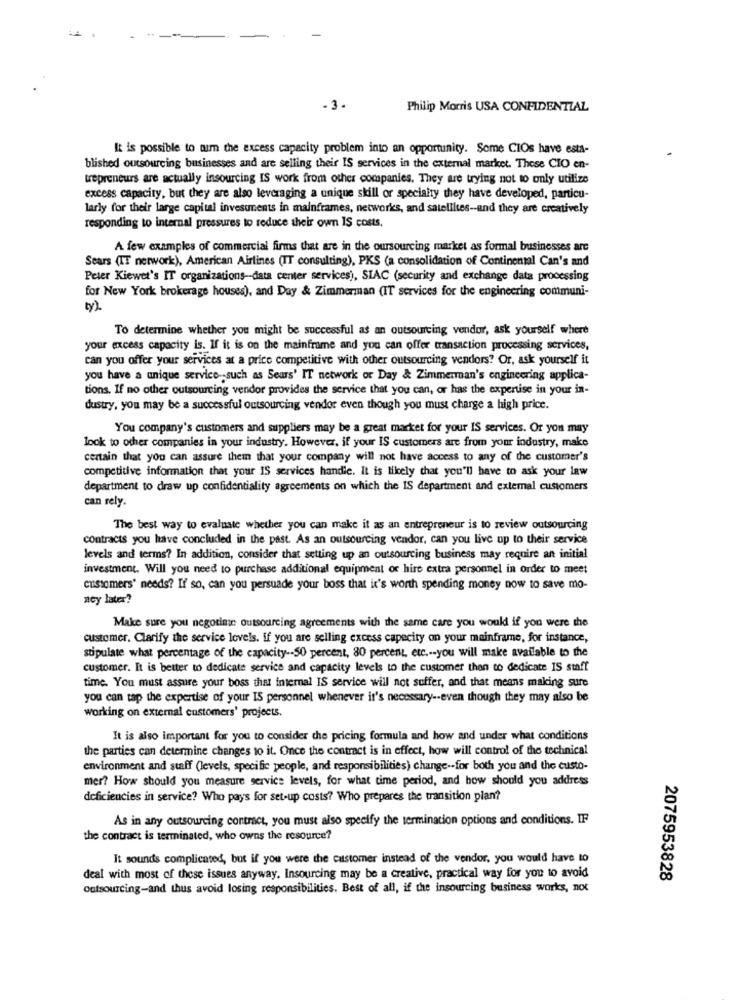
- 3.
Philip Morris USA CONFIDENTIAL
It is possible to aim the excess capacity problem into an opportunity. Some CIOs have esta-
blished outsourcing businesses and are selling their IS services in the external market. These CIO en-
trepreneurs are actually insourcing IS work from other companies. They are trying not to only utilize
excess capacity, but they are also leveraging a unique skill or specialty they have developed, particu-
larly for their large capital investments in mainframes, networks, and satellites -- and they are creatively
responding to internal pressures to reduce their own IS costs.
A few examples of commercial firms that are in the oursourcing market as formal businesses are
Sears (IT network), American Airlines (IT consulting), PKS (a consolidation of Continental Can's and
Peter Kiewet's IT organizations-data center services), SIAC (security and exchange data processing
for New York brokerage houses), and Day & Zimmerman (IT services for the engineering communi-
ty).
To determine whether you might be successful as an outsourcing vendor, ask yourself where
your excess capacity is. If it is on the mainframe and you can offer transaction processing services,
can you offer your services at a price competitive with other outsourcing vendors? Or, ask yourself it
you have a unique service -- such as Sears' IT network or Day & Zimmerman's engineering applica-
tions. If no other outsourcing vendor provides the service that you can, or has the expertise in your in-
dustry, you may be a successful outsourcing vendor even though you must charge a high price.
You company's customers and suppliers may be a great market for your IS services. Or you may
look to other companies in your industry. However, if your IS customers are from your industry, make
certain that you can assure them that your company will not have access to any of the customer's
competitive information that your IS services handie. It is likely that you'll have to ask your law
department to draw up confidentiality agreements on which the IS department and external customers
can rely.
The best way to evaluate whether you can make it as an entrepreneur is to review outsourcing
contracts you have concluded in the past. As an outsourcing vendor, can you live up to their service
levels and terms? In addition, consider that setting up an outsourcing business may require an initial
investment. Will you need to purchase additional equipment or hire extra personnel in order to meet
customers' needs? If so, can you persuade your boss that it's worth spending money now to save mo-
ney later?
Make sure you negotiate outsourcing agreements with the same care you would if you were the
customer. Clarify the service levels. if you are selling excess capecity on your mainframe, for instance,
stipulate what percentage of the capacity -- 50 percent, 80 percent, etc .-- you will make available to the
customer. It is better to dedicate service and capacity levels to the customer then to dedicate IS staff
time. You must assure your boss that internal IS service will not suffer, and that means making sure
you can tap the expertise of your IS personnel whenever it's necessary -- even though they may also be
working on external customers' projects.
It is also important for you to consider the pricing formula and how and under what conditions
the parties can determine changes to it. Once the contract is in effect, how will control of the technical
environment and staff (levels, specific people, and responsibilities) change .- for both you and the custo-
mer? How should you measure service levels, for what time period, and how should you address
deficiencies in service? Who pays for set-up costs? Who prepares the transition plan?
As in any outsourcing contract, you must also specify the termination options and conditions. IF
the contract is terminated, who owns the resource?
It sounds complicated, but if you were the customer instead of the vendor, you would have to
deal with most of these issues anyway. Insourcing may be a creative, practical way for you to avoid
2075953828
outsourcing-and thus avoid losing responsibilities. Best of all, if the insourcing business works, not